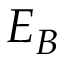
E _ { B }